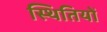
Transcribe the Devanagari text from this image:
स्‍थितियों